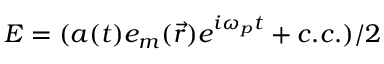
E = ( a ( t ) e _ { m } ( \vec { r } ) e ^ { i \omega _ { p } t } + c . c . ) / 2